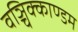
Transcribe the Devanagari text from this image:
वञ्चिक्काण्डम